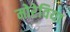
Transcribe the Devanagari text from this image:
मोरेविया